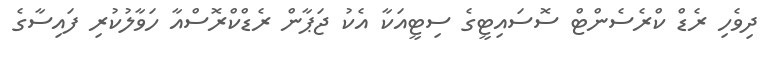
ދިވެހި ރެޑް ކްރެސެންޓް ސޮސައިޓީގެ ސިޓީއަކާ އެކު ޖަޕާން ރެޑްކްރޮސްއާ ހަވާލުކުރި ފައިސާގެ